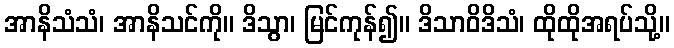
အာနိသံသံ၊ အာနိသင်ကို။ ဒိသွာ၊ မြင်ကုန်၍။ ဒိသာဝိဒိသံ၊ ထိုထိုအရပ်သို့။